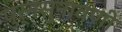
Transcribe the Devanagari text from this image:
पुर्नसुनावणी